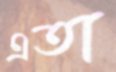
এতা